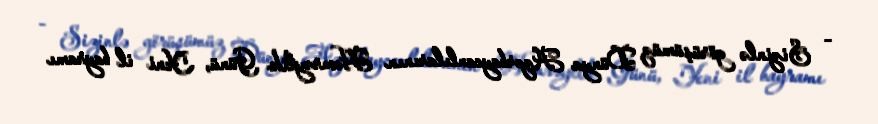
- Sizinlə görüşümüz Dünya Azərbaycanlılarının Həmrəylik Günü, Yeni il bayramı